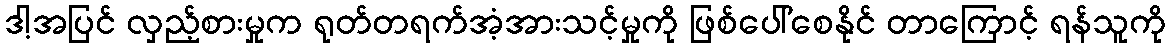
ဒါ့အပြင် လှည့်စားမှုက ရုတ်တရက်အံ့အားသင့်မှုကို ဖြစ်ပေါ်စေနိုင် တာကြောင့် ရန်သူကို